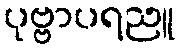
ပုဗ္ဗာပရညူ